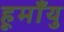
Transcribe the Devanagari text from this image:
हूमाँयु